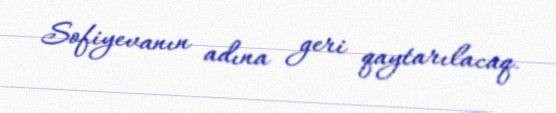
Sofiyevanın adına geri qaytarılacaq.